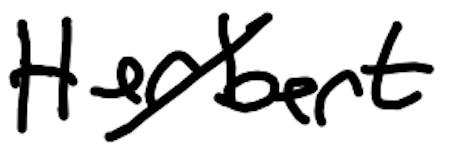
Text: Herbert
Cross-out: diagonal
Writing tool: digital_black